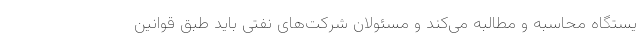
یستگاه محاسبه و مطالبه می‌کند و مسئولان شرکت‌های نفتی باید طبق قوانین